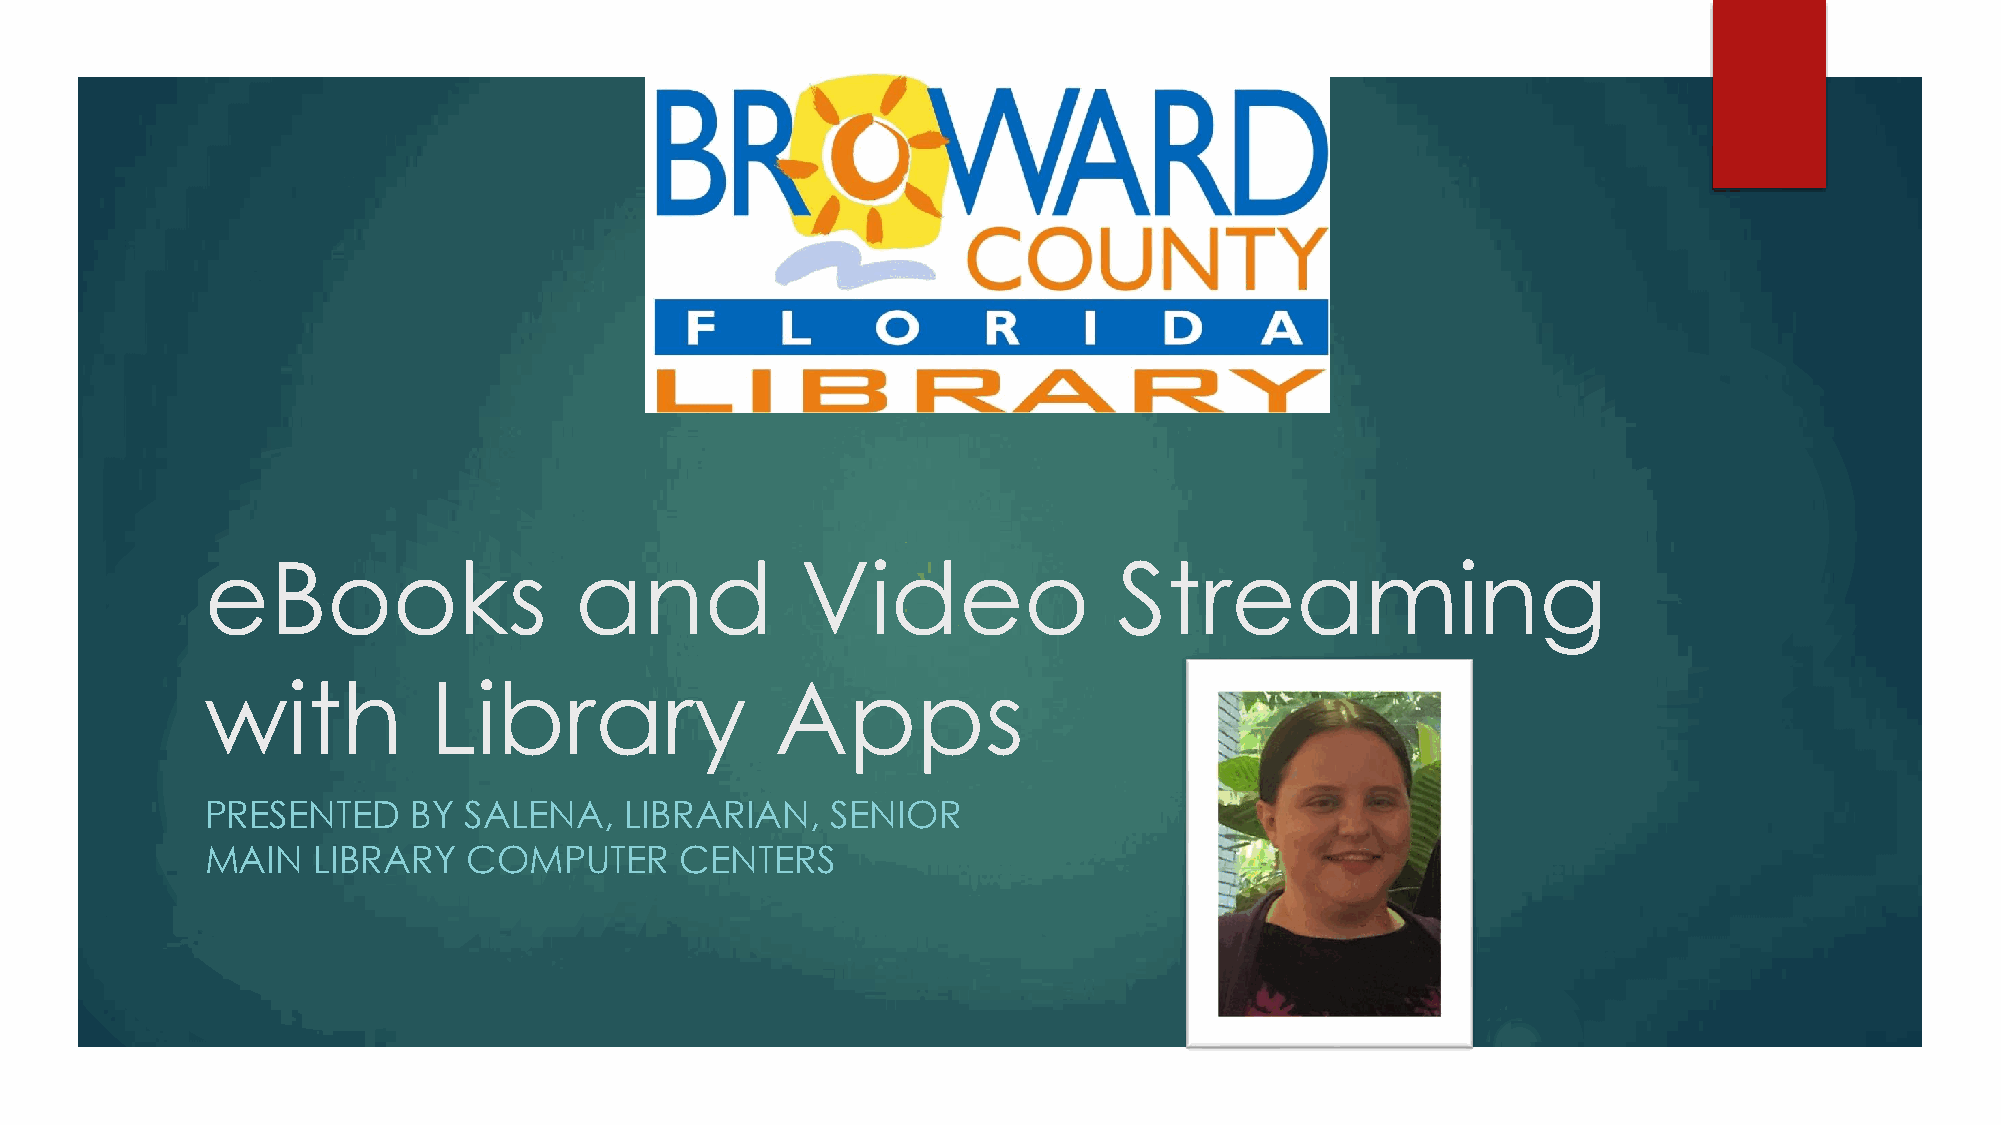
eBooks                  and            Video                Streaming
 with          Library                Apps
 PRESENTED    BY  SALENA,   LIBRARIAN,    SENIOR
 MAIN   LIBRARY   COMPUTER      CENTERS